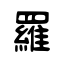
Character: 羅